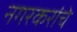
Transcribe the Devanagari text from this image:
नगरकरांचे